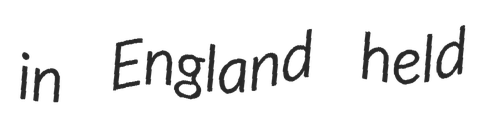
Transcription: in England held